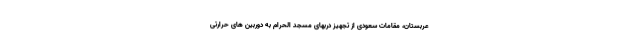
عربستان، مقامات سعودی از تجهیز دربهای مسجد الحرام به دوربین های حرارتی